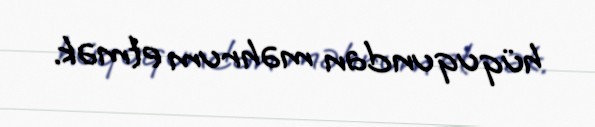
hüququndan məhrum etmək.